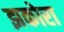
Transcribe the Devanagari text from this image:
झकोरा